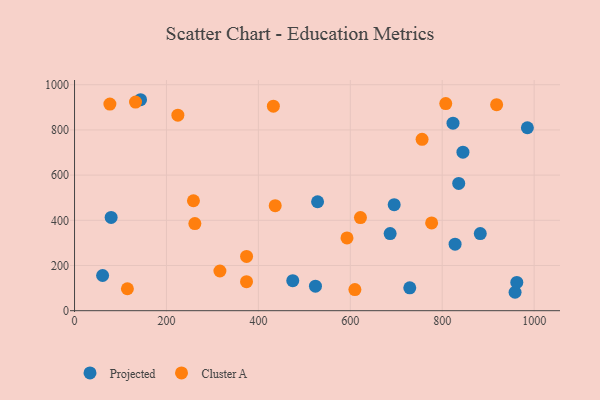
{"axis": {"x": "Distance", "y": "Demand"}, "legend": ["Cluster A", "Projected"], "data": [{"x": "823.5", "y": 829.7, "type": "Projected"}, {"x": "835.9", "y": 563.4, "type": "Projected"}, {"x": "79.6", "y": 412.8, "type": "Projected"}, {"x": "958.5", "y": 81.5, "type": "Projected"}, {"x": "528.8", "y": 482.0, "type": "Projected"}, {"x": "474.8", "y": 132.7, "type": "Projected"}, {"x": "985.3", "y": 809.5, "type": "Projected"}, {"x": "882.8", "y": 341.1, "type": "Projected"}, {"x": "61.1", "y": 155.8, "type": "Projected"}, {"x": "686.7", "y": 341.4, "type": "Projected"}, {"x": "524.2", "y": 108.3, "type": "Projected"}, {"x": "828.0", "y": 294.2, "type": "Projected"}, {"x": "845.1", "y": 701.3, "type": "Projected"}, {"x": "695.5", "y": 469.3, "type": "Projected"}, {"x": "962.3", "y": 124.9, "type": "Projected"}, {"x": "729.4", "y": 101.1, "type": "Projected"}, {"x": "143.6", "y": 933.6, "type": "Projected"}, {"x": "610.0", "y": 93.5, "type": "Cluster A"}, {"x": "316.3", "y": 175.7, "type": "Cluster A"}, {"x": "258.7", "y": 486.6, "type": "Cluster A"}, {"x": "261.8", "y": 385.7, "type": "Cluster A"}, {"x": "622.1", "y": 412.2, "type": "Cluster A"}, {"x": "432.6", "y": 905.1, "type": "Cluster A"}, {"x": "436.6", "y": 464.9, "type": "Cluster A"}, {"x": "224.8", "y": 865.2, "type": "Cluster A"}, {"x": "592.8", "y": 322.0, "type": "Cluster A"}, {"x": "777.0", "y": 388.5, "type": "Cluster A"}, {"x": "756.2", "y": 758.2, "type": "Cluster A"}, {"x": "807.7", "y": 916.6, "type": "Cluster A"}, {"x": "132.7", "y": 923.3, "type": "Cluster A"}, {"x": "374.3", "y": 240.3, "type": "Cluster A"}, {"x": "374.2", "y": 128.5, "type": "Cluster A"}, {"x": "115.0", "y": 97.0, "type": "Cluster A"}, {"x": "918.4", "y": 911.6, "type": "Cluster A"}, {"x": "76.9", "y": 914.2, "type": "Cluster A"}]}